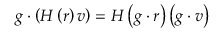
g \cdot \left( H \left( r \right) v \right) = H \left( g \cdot r \right) \left( g \cdot v \right)